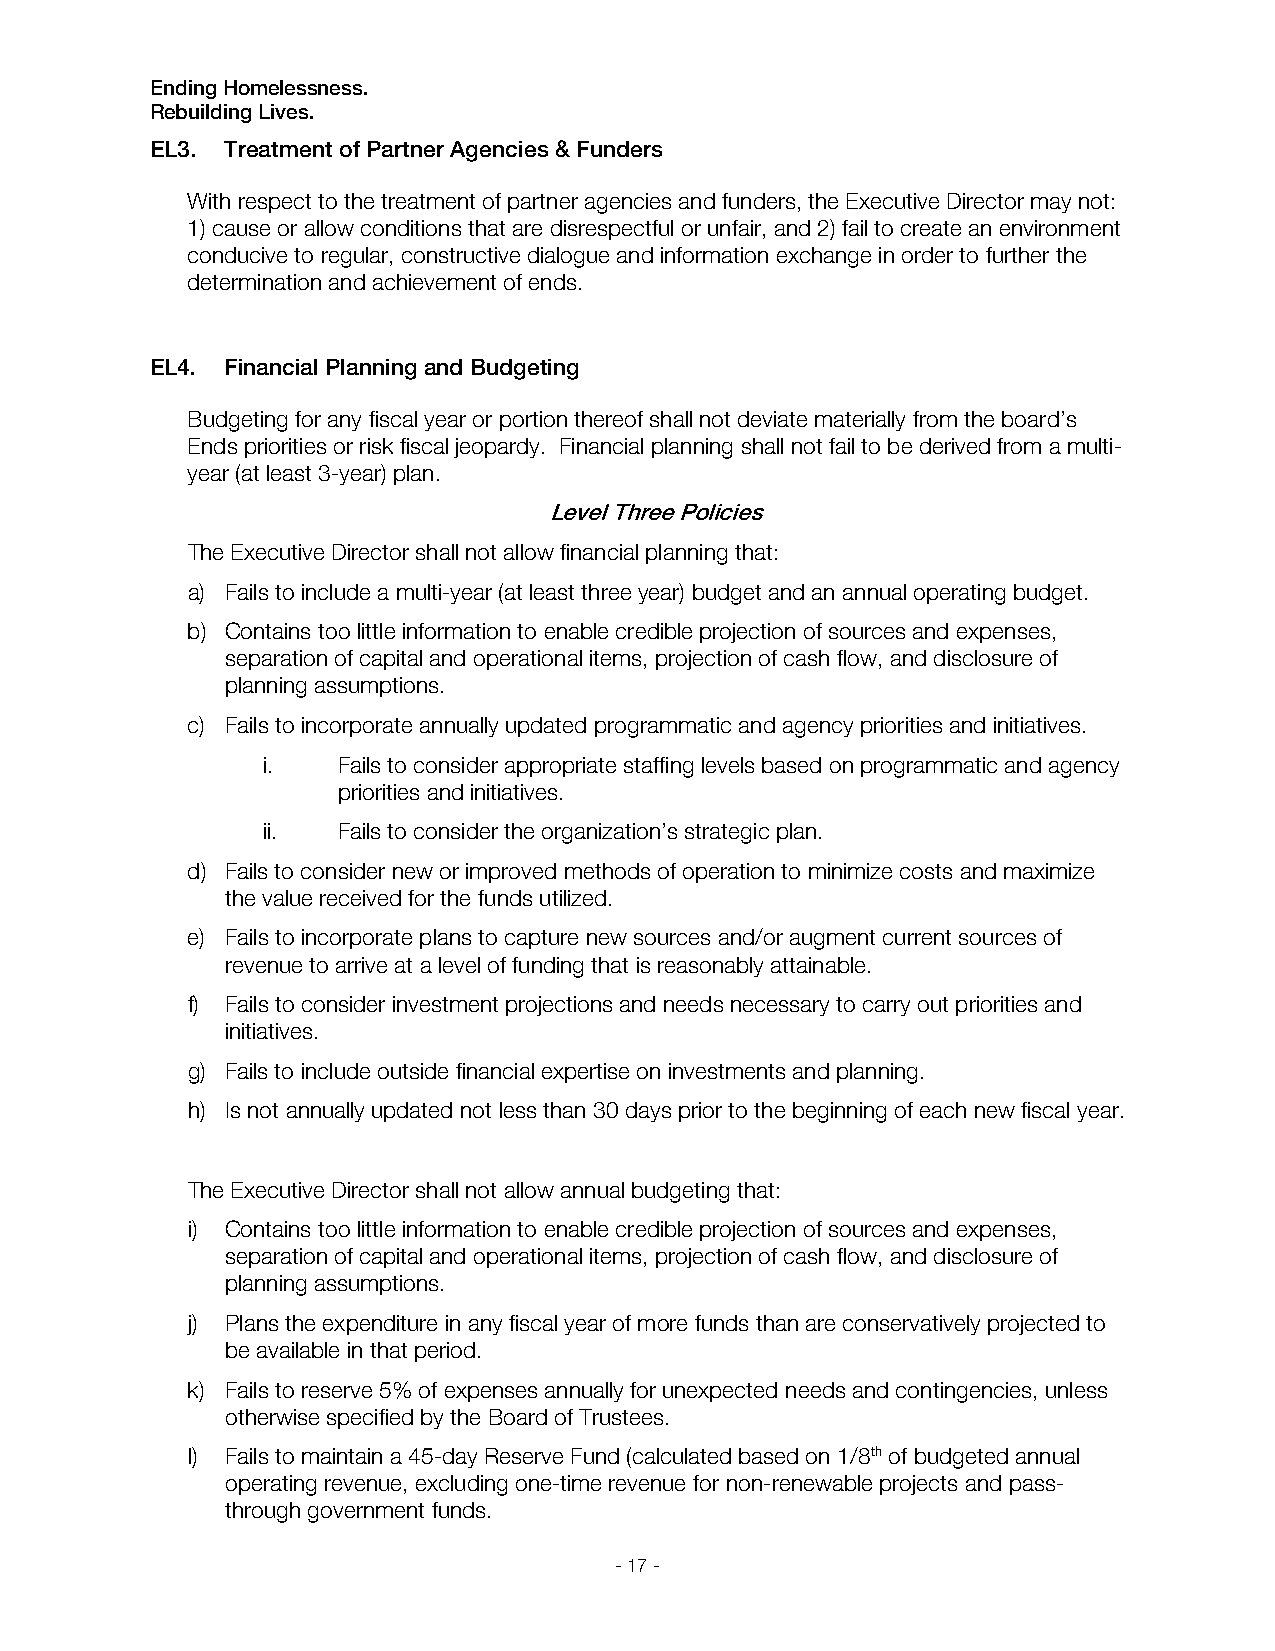
Ending Homelessness.
 Rebuilding Lives.
 EL3. Treatment of Partner Agencies & Funders
 With respect to the treatment of partner agencies and funders, the Executive Director may not:
 1) cause or allow conditions that are disrespectful or unfair, and 2) fail to create an environment
 conducive to regular, constructive dialogue and information exchange in order to further the
 determination and achievement of ends.
 EL4. Financial Planning and Budgeting
 Budgeting for any fiscal year or portion thereof shall not deviate materially from the board’s
 Ends priorities or risk fiscal jeopardy. Financial planning shall not fail to be derived from a multi-
 year (at least 3-year) plan.
 Level Three Policies
 The Executive Director shall not allow financial planning that:
 a) Fails to include a multi-year (at least three year) budget and an annual operating budget.
 b) Contains too little information to enable credible projection of sources and expenses,
 separation of capital and operational items, projection of cash flow, and disclosure of
 planning assumptions.
 c) Fails to incorporate annually updated programmatic and agency priorities and initiatives.
 i.   Fails to consider appropriate staffing levels based on programmatic and agency
 priorities and initiatives.
 ii.  Fails to consider the organization’s strategic plan.
 d) Fails to consider new or improved methods of operation to minimize costs and maximize
 the value received for the funds utilized.
 e) Fails to incorporate plans to capture new sources and/or augment current sources of
 revenue to arrive at a level of funding that is reasonably attainable.
 f) Fails to consider investment projections and needs necessary to carry out priorities and
 initiatives.
 g) Fails to include outside financial expertise on investments and planning.
 h) Is not annually updated not less than 30 days prior to the beginning of each new fiscal year.
 The Executive Director shall not allow annual budgeting that:
 i) Contains too little information to enable credible projection of sources and expenses,
 separation of capital and operational items, projection of cash flow, and disclosure of
 planning assumptions.
 j) Plans the expenditure in any fiscal year of more funds than are conservatively projected to
 be available in that period.
 k) Fails to reserve 5% of expenses annually for unexpected needs and contingencies, unless
 otherwise specified by the Board of Trustees.
 l) Fails to maintain a 45-day Reserve Fund (calculated based on 1/8th of budgeted annual
 operating revenue, excluding one-time revenue for non-renewable projects and pass-
 through government funds.
 - 17 -